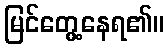
မြင်တွေ့နေရ၏။